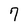
Character: 7